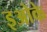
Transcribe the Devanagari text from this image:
इओके